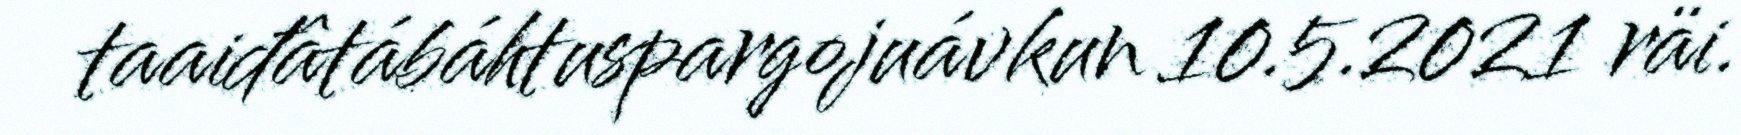
taaiđâtábáhtuspargojuávkun 10.5.2021 räi.